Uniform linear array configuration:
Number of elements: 24
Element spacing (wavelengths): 0.75
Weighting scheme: blackman
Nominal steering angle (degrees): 15
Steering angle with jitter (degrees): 13.538
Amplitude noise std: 0.05
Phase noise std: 0.05

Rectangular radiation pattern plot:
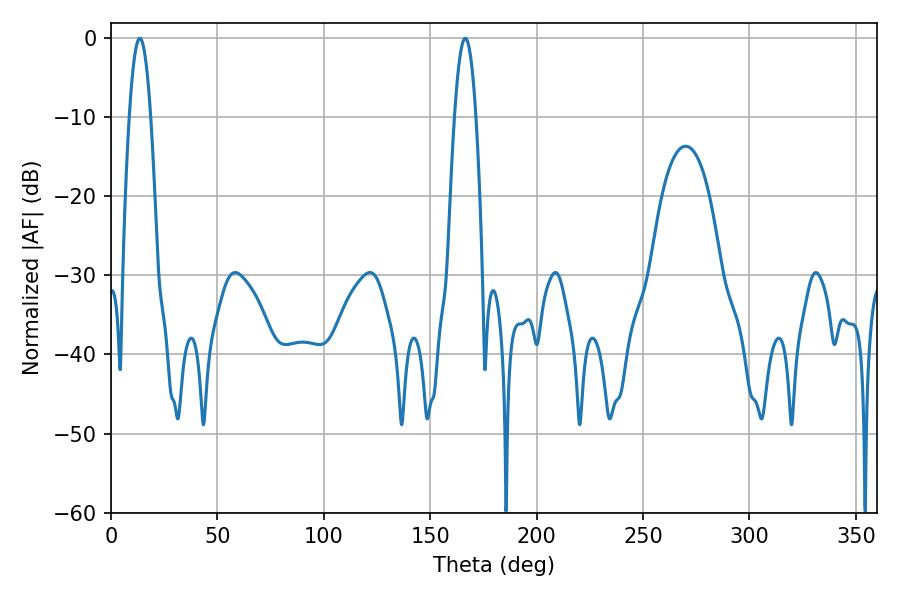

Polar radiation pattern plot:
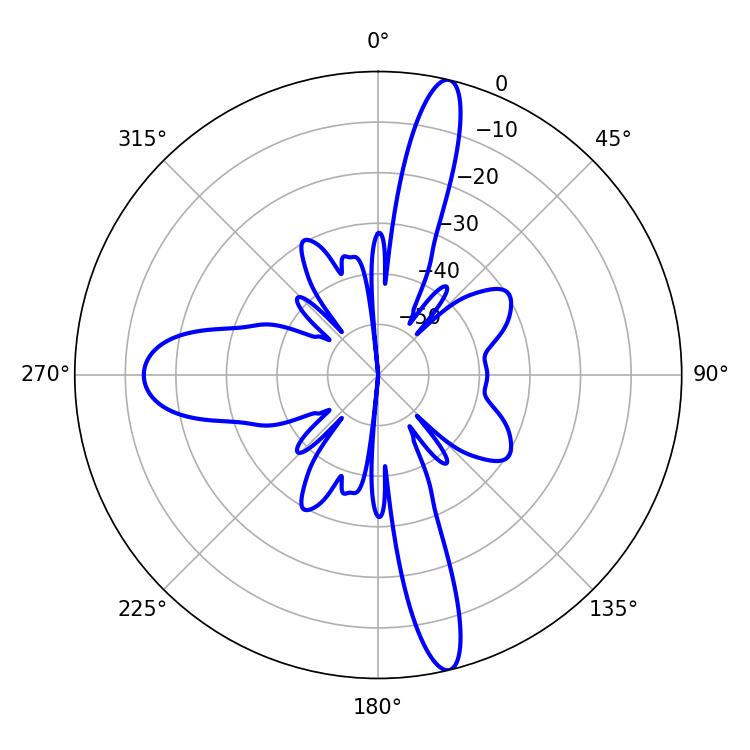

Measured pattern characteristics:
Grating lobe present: TRUE
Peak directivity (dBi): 17.342
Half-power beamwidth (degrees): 5.58
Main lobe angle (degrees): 13.5